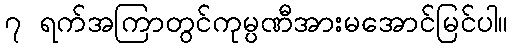
၇ ရက်အကြာတွင်ကုမ္ပဏီအားမအောင်မြင်ပါ။